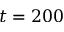
t = 2 0 0